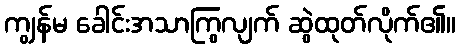
ကျွန်မ ခေါင်းအသာကြွလျက် ဆွဲထုတ်လိုက်၏။